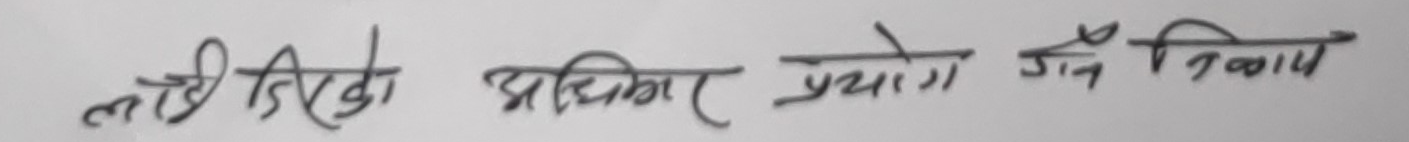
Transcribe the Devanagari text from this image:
तोकिएको अधिकार प्रयोग गर्ने निकाय